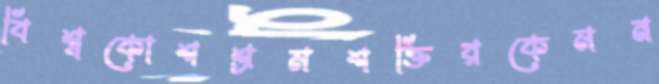
বিশ্বকোশশ্রমশক্তিরকেমন